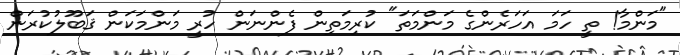
"މަންމާ! ތީ ހަމަ އަހަރެންގެ މަންމަތަ" ކުރިމަތިން ފެންނަން ހުރީ މަންމަކަން ޤަބޫލުކުރަން